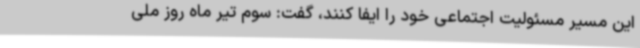
این مسیر مسئولیت اجتماعی خود را ایفا کنند، گفت: سوم تیر ماه روز ملی